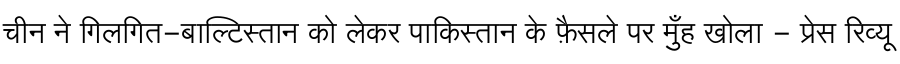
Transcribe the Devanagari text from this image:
चीन ने गिलगित-बाल्टिस्तान को लेकर पाकिस्तान के फ़ैसले पर मुँह खोला - प्रेस रिव्यू